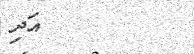
އަދި